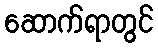
ဆောက်ရာတွင်